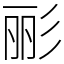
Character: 彨